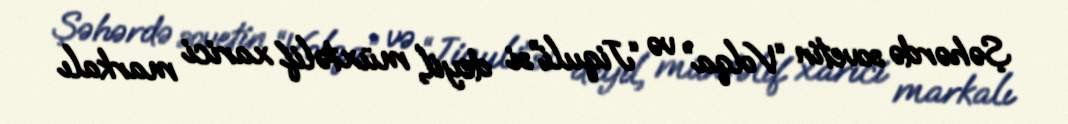
Şəhərdə sovetin “Volqa” və “Jiquli”si deyil, müxtəlif xarici markalı